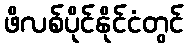
ဖိလစ်ပိုင်နိုင်ငံတွင်